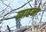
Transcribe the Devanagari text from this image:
व्याहना